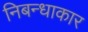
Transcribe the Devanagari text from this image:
निबन्धाकार